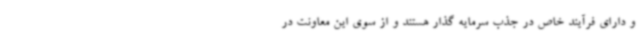
و دارای فرآیند خاص در جذب سرمایه گذار هستند و از سوی این معاونت در